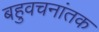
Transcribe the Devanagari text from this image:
बहुवचनांतक